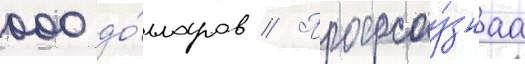
000 до́лларов // Профсоу́знаа